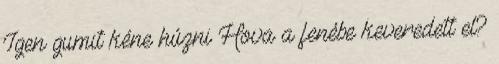
Igen gumit kéne húzni Hova a fenébe keveredett el?